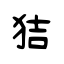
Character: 狤